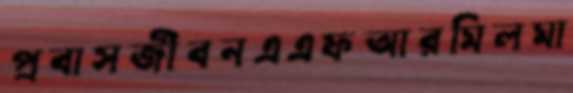
প্রবাসজীবনএএফআরমিলমা